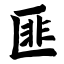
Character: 匪